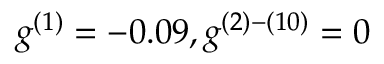
g ^ { ( 1 ) } = - 0 . 0 9 , g ^ { ( 2 ) - ( 1 0 ) } = 0